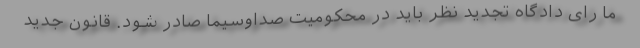
ما رای دادگاه تجدید نظر باید در محکومیت صداوسیما صادر شود. قانون جدید